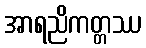
အာရညိကတ္တဿ